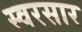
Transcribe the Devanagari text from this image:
स्वरसार